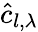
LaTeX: \hat{c}_{l,\lambda}